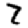
Digit: 7